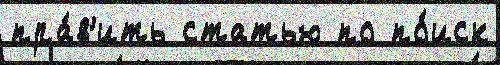
пра́в'ить статью по по́иск